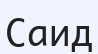
Саид